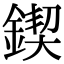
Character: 鍥